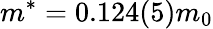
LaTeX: m^{*}=0.124(5)m_{0}